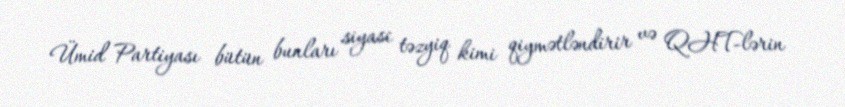
Ümid Partiyası bütün bunları siyasi təzyiq kimi qiymətləndirir və QHT-lərin